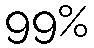
99%